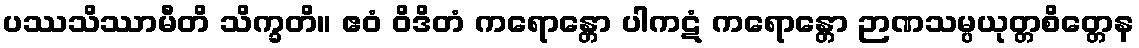
ပဿသိဿာမီတိ သိက္ခတိ။ ဧဝံ ဝိဒိတံ ကရောန္တော ပါကဋံ ကရောန္တော ဉာဏသမ္ပယုတ္တစိတ္တေန